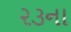
૨૩ના